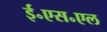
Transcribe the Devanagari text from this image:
ई॰एस॰एल